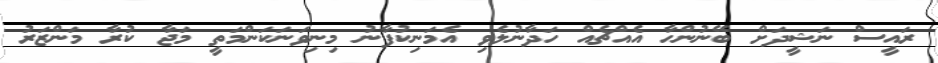
ރައީސް ނަޝީދަށް ބޭނުންހާ އެއްޗެއް ހަދާނުލެވި އެމަނިކުފާނު މިނިވަނަކަންމަތީ މަޖާ ކުރާ މަންޒަރު